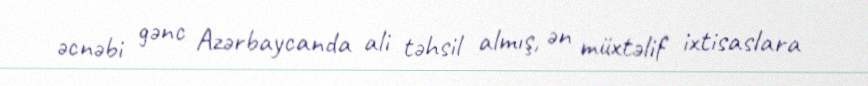
əcnəbi gənc Azərbaycanda ali təhsil almış, ən müxtəlif ixtisaslara